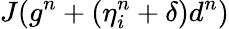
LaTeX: J(g^{n}+(\eta_{i}^{n}+\delta)d^{n})